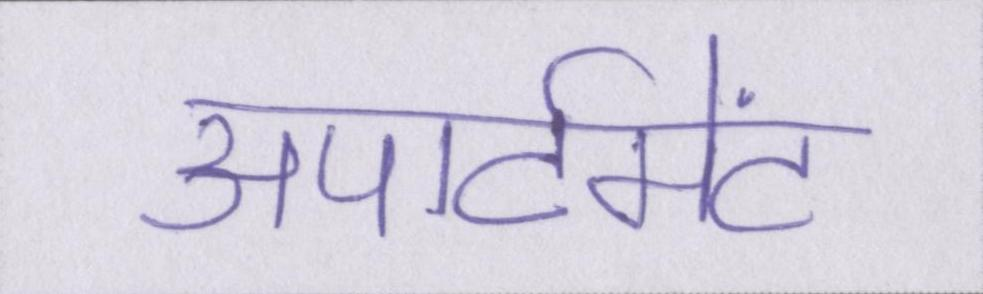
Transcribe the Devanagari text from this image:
अपार्टमेंट